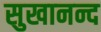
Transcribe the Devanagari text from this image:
सुखानन्द